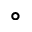
^ { \circ }